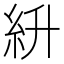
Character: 𥾷